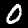
Digit: 0